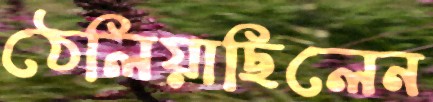
ঠেলিয়াছিলেন